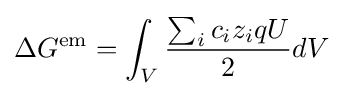
\Delta G^{\text{em}}=\int _{V}{\frac {\sum _{i}c_{i}z_{i}qU}{2}}dV